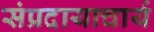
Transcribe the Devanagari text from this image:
संप्रदायाचार्य